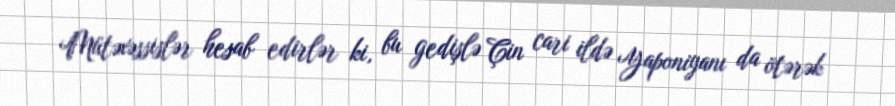
Mütəxəssislər hesab edirlər ki, bu gedişlə Çin cari ildə Yaponiyanı da ötərək